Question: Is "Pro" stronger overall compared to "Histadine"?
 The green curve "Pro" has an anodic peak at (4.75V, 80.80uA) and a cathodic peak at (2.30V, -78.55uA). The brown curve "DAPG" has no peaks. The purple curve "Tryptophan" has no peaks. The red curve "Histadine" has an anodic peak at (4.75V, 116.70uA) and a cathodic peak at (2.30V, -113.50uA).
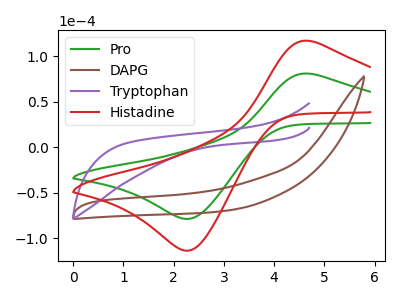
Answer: <think>All the peaks in "Pro" have a peak in "Histadine" at the same potential. Every peak in "Pro" is lower than every peak in "Histadine".
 </think>
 <answer>"Pro" has less signal than "Histadine".</answer>
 <eval>less_signal</eval>